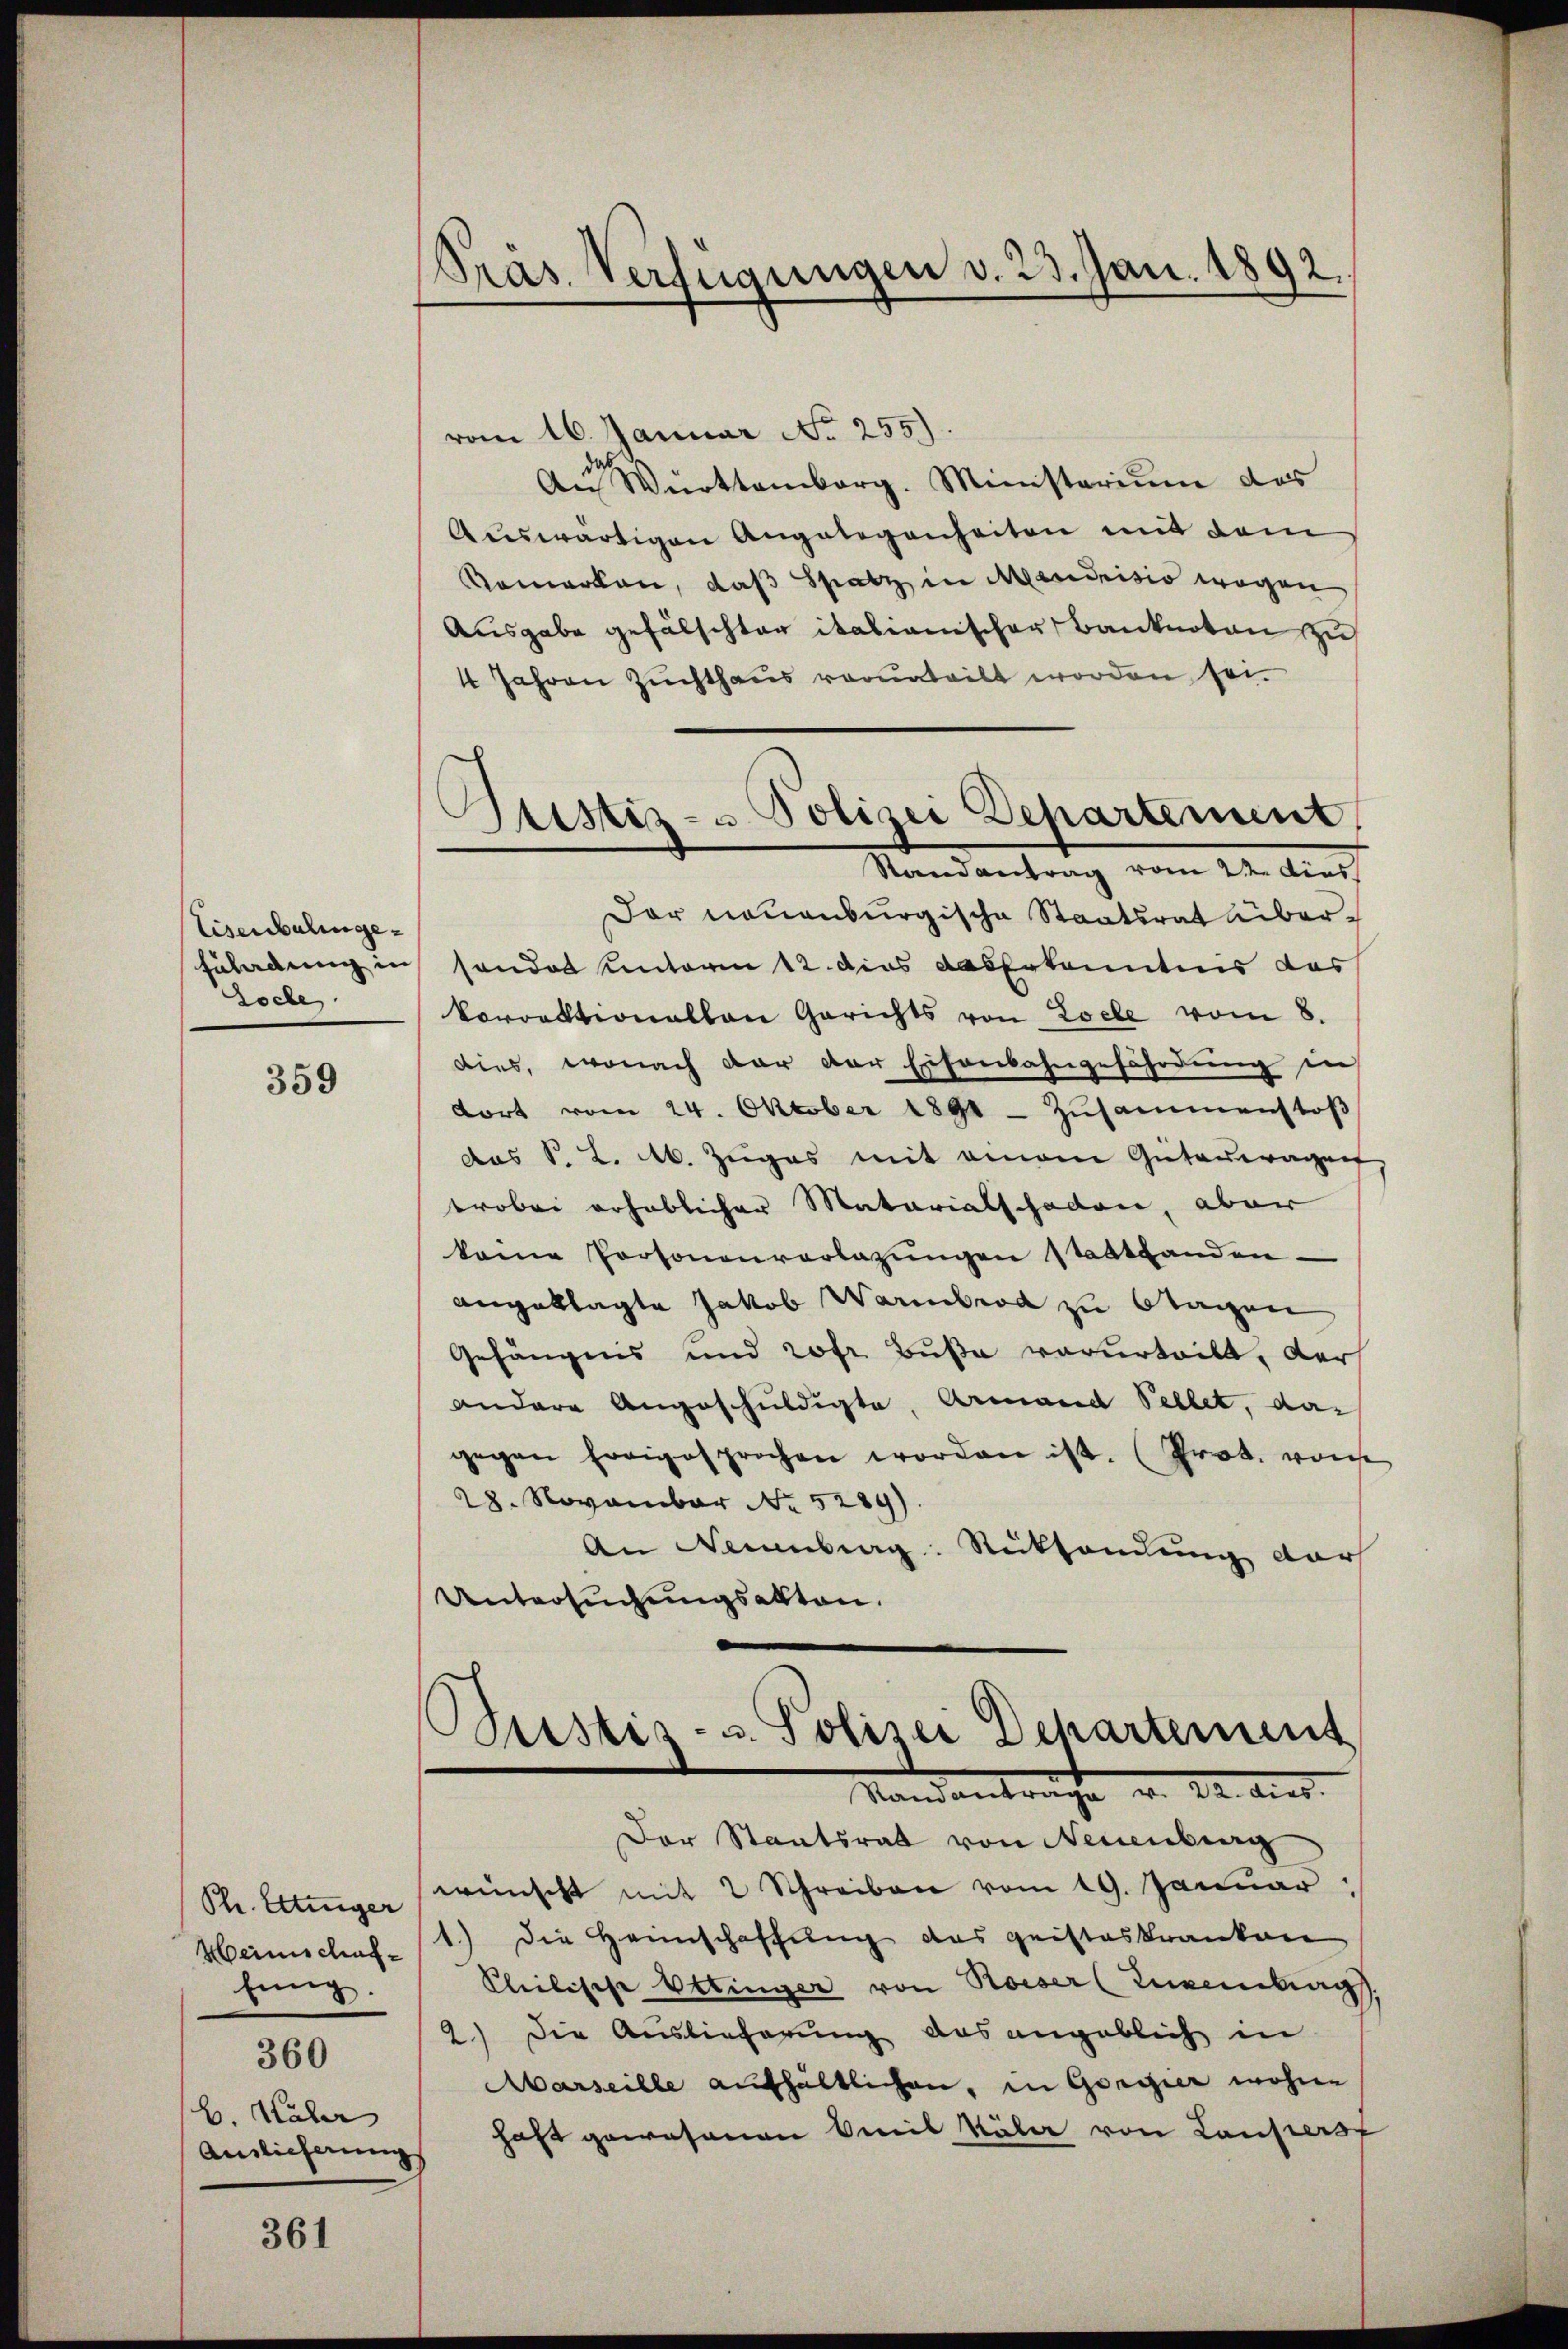
Eisenbalinge-
Loche

359

Ph. Ettinger
Heimschaffing.
360
B. Kaler
Auslicherung

361

Präs. Verfügungen v. 23. Jan. 1892.

vom 16. Januar No 255)
d
An Württemberg. Ministerium das
Auswärtigen Angelegenheiten mit dem
Remarken, daß Spatz in Mendrisis wegen
Ausgabe gefälschter italianischer Banknoton zu
4 Jahren Zuchthaus verurteilt worden sei.
Der neuenburgische Staatsrat über¬
Füladung in sonder Unterm 12. dies das Erkanntnis das
korrektionallen Gerichts von Loele vom 8.
dies, wonach dar der Eisenbahngefährdung in
fort vom 24. Oktober 1891 - Zŭsammenstoβ
das P. L. M. Zuges mit einem Gutauwagen
troben erheblicher Matariatschaden, aber
keine Personenvorlagungen Stadtbanden-
angeklagte Jakob Warmbrod zu Stagen
Gefängnis und rofr. Buße verurteilt, der
andere Angeschuldigte, Armand Sellet, das
gegen fragesprochen worden ist. (Prot. von
28. November No. 5289).
An Neuenburg. Rückhandlung dar
Untersuchungsakten.

Ptistiz- u Polizei Departement,
Randantrag vom 22. dies

Bustis- u. Polizei Departement
Mandantrachte u. da dies

Der Staatsrat von Neuenburg
wünscht mit 2 Schreiben vom 19. Januar,
1.) Die Heimschaffung des geisteskranken
Pleilische Ottinger von Reiser (Kurenbac
2.) Die Auslieferung das angeblich in
Marseille aufhältlichen, in Gorgier wohne
haft gewesenen Emil Käler von Lauferst